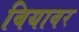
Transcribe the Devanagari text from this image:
बियावर